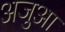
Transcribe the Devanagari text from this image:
अजुआ